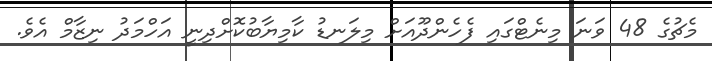
މެޗުގެ 48 ވަނަ މިނެޓްގައި ފެހެންދޫއަށް މިލަނޑު ކާމިިޔާބުކޮށްދިނީ އަހްމަދު ނިޒާމް އެވެ.